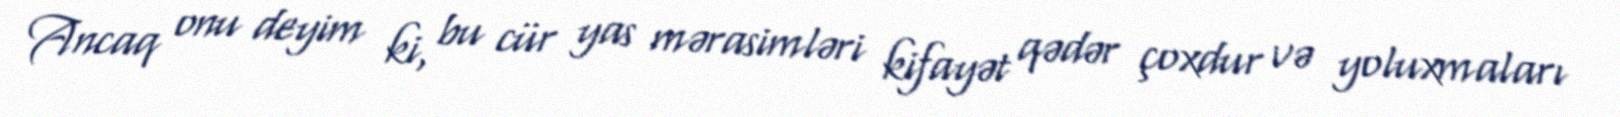
Ancaq onu deyim ki, bu cür yas mərasimləri kifayət qədər çoxdur və yoluxmaları